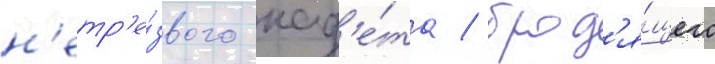
н'етр'е́звого кад'е́та / брод'я́щего